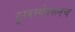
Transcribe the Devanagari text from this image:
दुरवस्थेवरूनच